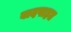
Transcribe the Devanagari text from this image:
बादषाहत